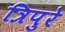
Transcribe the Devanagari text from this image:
त्रिपुरे